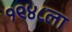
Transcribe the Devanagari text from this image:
१९४८ला